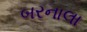
બરનાલા